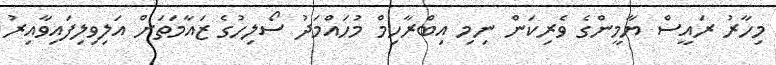
މިހާރު ރައީސް ޔާމީންގެ ވެރިކަން ނިމި އިބްރާހިމް މުހައްމަދު ސޯލިހުގެ ޒައާމަތަށް އަލިވިލިފައިވާއިރު